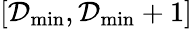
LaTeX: [\mathcal{D}_{\mathrm{{min}}},\mathcal{D}_{\mathrm{{min}}}+1]